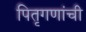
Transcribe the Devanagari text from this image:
पितृगणांची